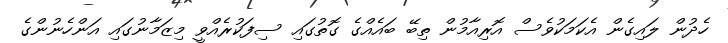
ހެދުން ލައިގެން އެކަމަކުވެސް އޮރިއާމުން ތިބޭ ބައެއްގެ ގޮތުގައި ސިފަކުރެއްވީ މިޒަމާނުގައި އަންހެނުންގެ